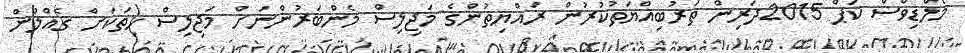
މޯލްޑިވްސް ކަޕް 2015ދަރިން ތަރުބިއްޔަތުކުރުން ރައްޔިތުންގެ މަޖިލިސް މެންބަރުންނަށް މަޖިލިސް ހިތަކަށް ގެއްލުން